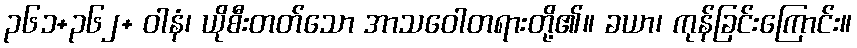
၃၆၁+၃၆၂+ ဝါနံ၊ ယိုစီးတတ်သော အာသဝေါတရားတို့၏။ ခယာ၊ ကုန်ခြင်းကြောင်း။